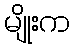
မျိုးက